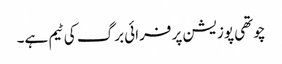
چوتھی پوزیشن پر فرائی برگ کی ٹیم ہے۔